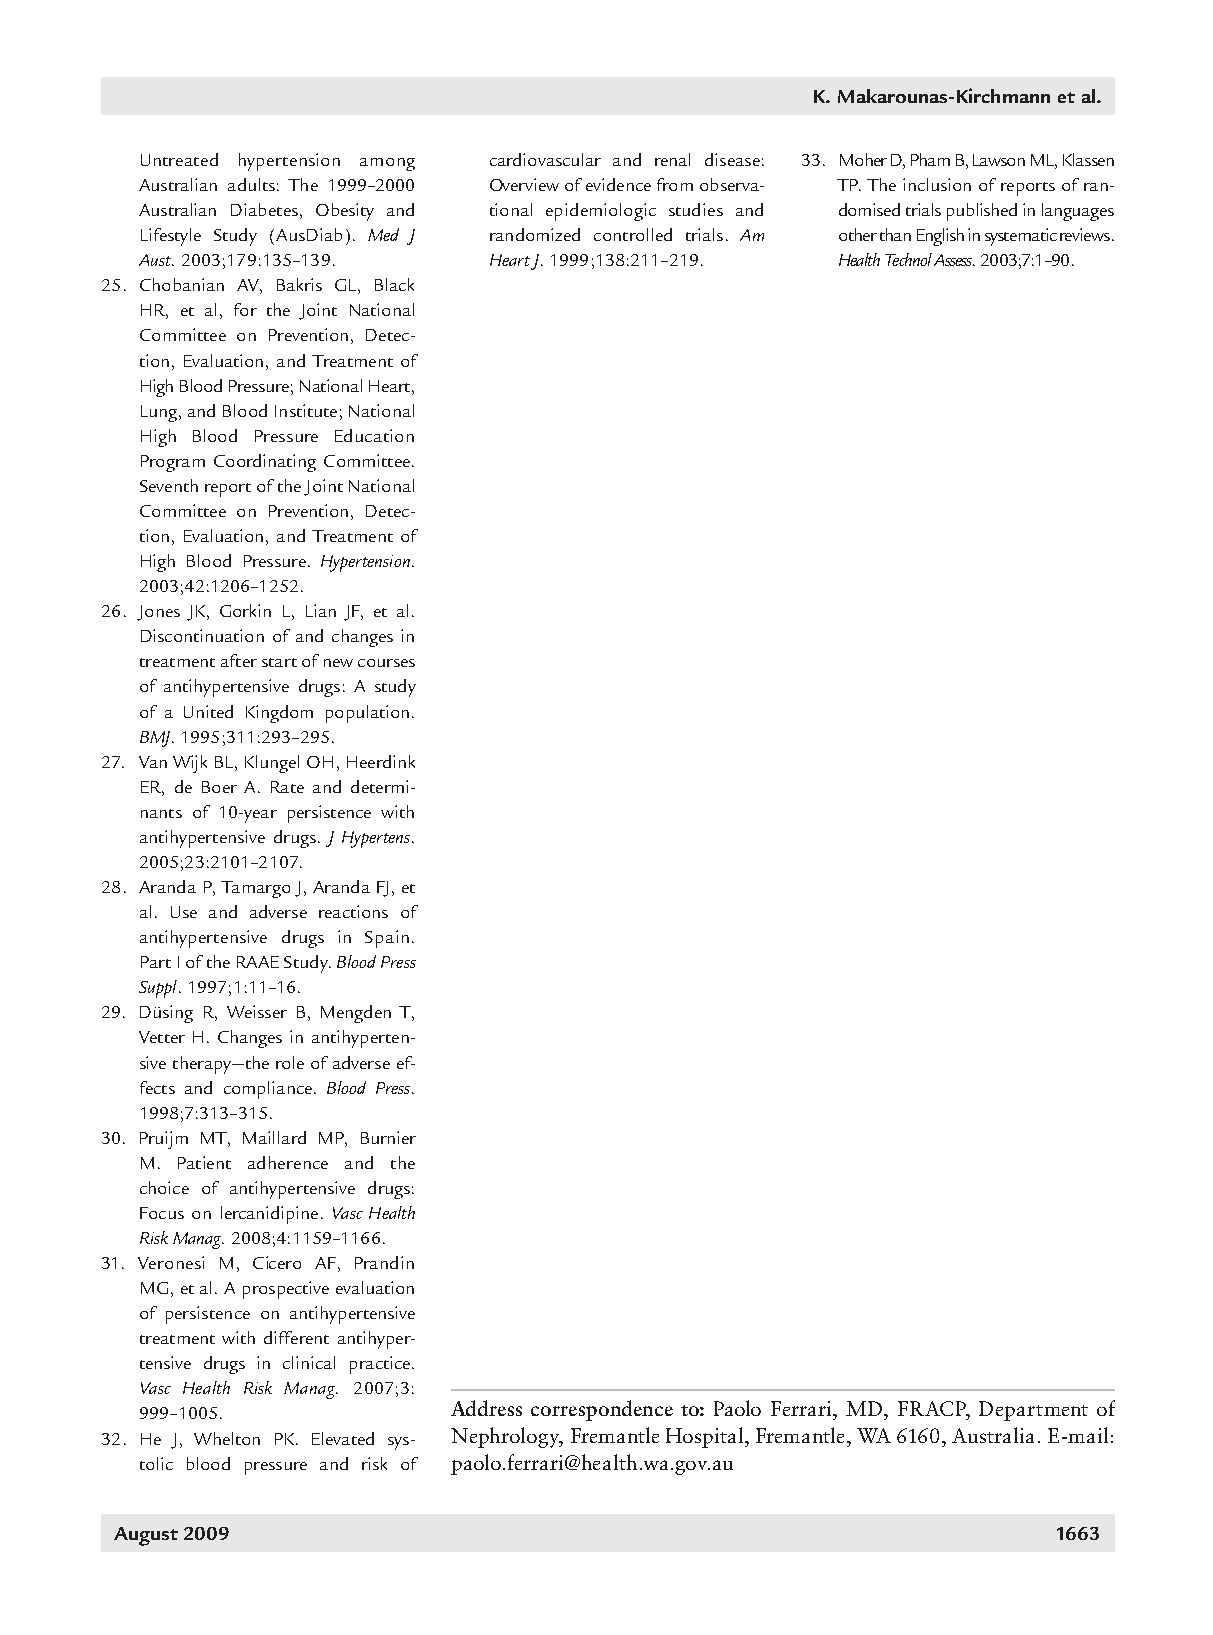
K. Makarounas-Kirchmann et al.
 Untreated hypertension among cardiovascular and renal disease: 33. Moher D, Pham B, Lawson ML, Klassen
 Australian adults: The 1999–2000 Overview of evidence from observa- TP. The inclusion of reports of ran-
 Australian Diabetes, Obesity and tional epidemiologic studies and domised trials published in languages
 Lifestyle Study (AusDiab). Med J randomized controlled trials. Am other than English in systematic reviews.
 Aust. 2003;179:135–139. Heart J. 1999;138:211–219. Health Technol Assess. 2003;7:1–90.
 25. Chobanian AV, Bakris GL, Black
 HR, et al, for the Joint National
 Committee on Prevention, Detec-
 tion, Evaluation, and Treatment of
 High Blood Pressure; National Heart,
 Lung, and Blood Institute; National
 High Blood Pressure Education
 Program Coordinating Committee.
 Seventh report of the Joint National
 Committee on Prevention, Detec-
 tion, Evaluation, and Treatment of
 High Blood Pressure. Hypertension.
 2003;42:1206–1252.
 26. Jones JK, Gorkin L, Lian JF, et al.
 Discontinuation of and changes in
 treatment after start of new courses
 of antihypertensive drugs: A study
 of a United Kingdom population.
 BMJ. 1995;311:293–295.
 27. Van Wijk BL, Klungel OH, Heerdink
 ER, de Boer A. Rate and determi-
 nants of 10-year persistence with
 antihypertensive drugs. J Hypertens.
 2005;23:2101–2107.
 28. Aranda P, Tamargo J, Aranda FJ, et
 al. Use and adverse reactions of
 antihypertensive drugs in Spain.
 Part I of the RAAE Study. Blood Press
 Suppl. 1997;1:11–16.
 29. Düsing R, Weisser B, Mengden T,
 Vetter H. Changes in antihyperten-
 sive therapy—the role of adverse ef-
 fects and compliance. Blood Press.
 1998;7:313–315.
 30. Pruijm MT, Maillard MP, Burnier
 M. Patient adherence and the
 choice of antihypertensive drugs:
 Focus on lercanidipine. Vasc Health
 Risk Manag. 2008;4:1159–1166.
 31. Veronesi M, Cicero AF, Prandin
 MG, et al. A prospective evaluation
 of persistence on antihypertensive
 treatment with different antihyper-
 tensive drugs in clinical practice.
 Vasc Health Risk Manag. 2007;3:
 999–1005.            Address correspondence to: Paolo Ferrari, MD, FRACP, Department of
 32. He J, Whelton PK. Elevated sys- Nephrology, Fremantle Hospital, Fremantle, WA 6160, Australia. E-mail:
 tolic blood pressure and risk of paolo.ferrari@health.wa.gov.au
 August 2009                                                   1663